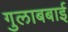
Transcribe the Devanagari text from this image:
गुलाबबाई